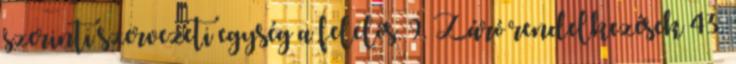
szerinti szervezeti egység a felelős. 9. Záró rendelkezések 43.